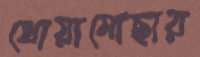
ধোয়ামোছার